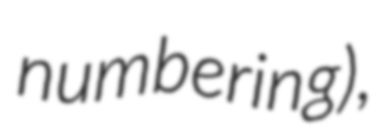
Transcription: numbering),